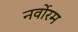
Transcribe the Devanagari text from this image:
नर्वोरम